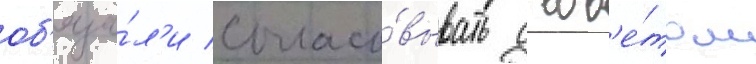
об'яза́л'и согласо́вывать с сов'е́том